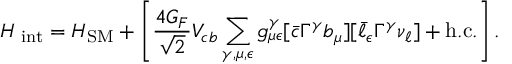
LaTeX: { \cal H } _ { \mathrm { \tiny ~ i n t } } = { \cal H } _ { \mathrm { \tiny { S M } } } + \left[ { \frac { 4 G _ { F } } { \sqrt { 2 } } } V _ { c b } \sum _ { \gamma , \mu , \epsilon } g _ { \mu \epsilon } ^ { \gamma } [ { \bar { c } } \Gamma ^ { \gamma } b _ { \mu } ] [ { \bar { \ell } } _ { \epsilon } \Gamma ^ { \gamma } { \nu _ { \ell } } ] + \mathrm { h . c . } \right] .